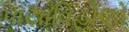
પાયાવિહોણો